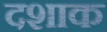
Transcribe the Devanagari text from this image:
दशाक